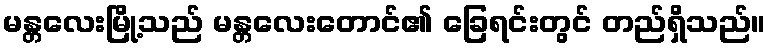
မန္တလေးမြို့သည် မန္တလေးတောင်၏ ခြေရင်းတွင် တည်ရှိသည်။